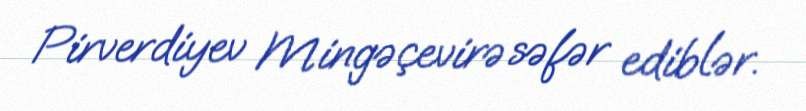
Pirverdiyev Mingəçevirə səfər ediblər.